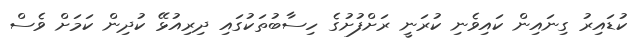
ކުޑައިރު ގިނައިން ކައިވެނި ކުރަނީ ރަށްފުށުގެ ހިސާބުތަކުގައި ދިރިއުޅޭ ކުދިން ކަމަށް ވެސް